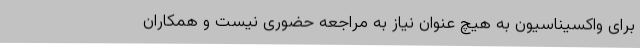
برای واکسیناسیون به هیچ عنوان نیاز به مراجعه حضوری نیست و همکاران